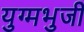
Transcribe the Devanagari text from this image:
युग्मभुजी